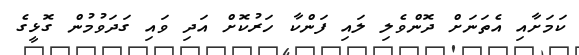
ކަމަށާއި އެތަނަށް ދޮންވެލި ލައި ފަންކާ ހަރުކޮށް އަދި ވައި ގަދަވުމުން ގޮޅީގެ